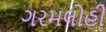
ગરમલોહી